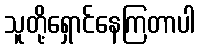
သူတို့ရှောင်နေကြတာပါ